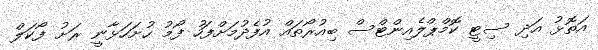
އަތޮޅު އަދި ސިޓީ ކޮމްޕްލެއިންޓްސް ބިއުރޯތައް އުފެދުމަށްފަހު ފޯމު ހުށަހަޅާނީ ރަށު ފޯކަލް